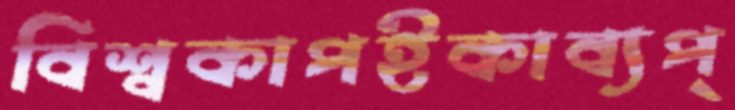
বিশ্বকাপইকাব্যপ্